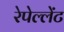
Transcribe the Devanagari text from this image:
रेपेल्लेंट